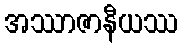
အဿာဇာနီယဿ